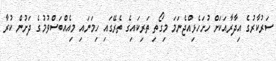
ސަރުކާރުގެ އިދާރާއަކަށް ހުށަހެޅިއްޖެނަމަ މިގޯތި ތަރިކައިގެ ތެރޭގައި ހިމަނައި މިއެއްބަސްވުމުގެ ދަށުން ކުރާ